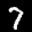
Label: 7